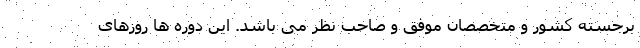
برجسته کشور و متخصصان موفق و صاحب نظر می باشد. این دوره ها روزهای